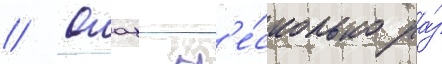
// Ошац н'е́сколько ра́з